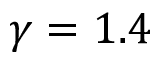
\gamma = 1 . 4